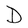
Character: D